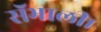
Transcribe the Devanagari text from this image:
सॅभाली।